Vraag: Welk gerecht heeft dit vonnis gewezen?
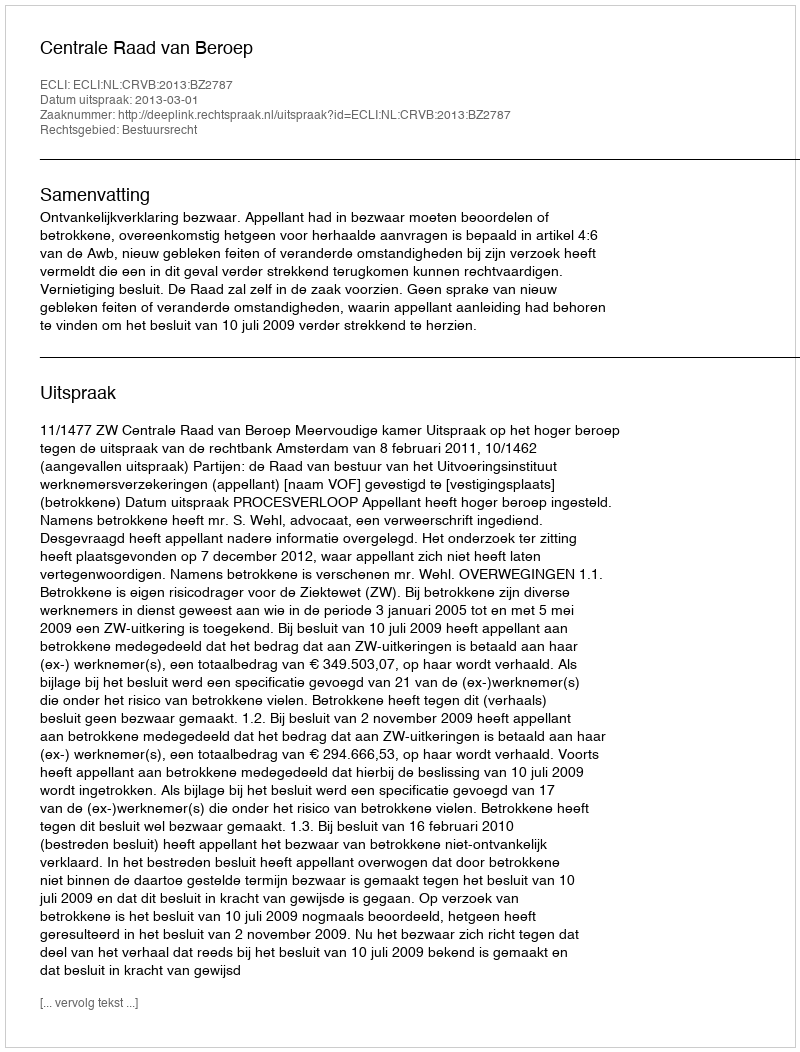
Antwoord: Centrale Raad van Beroep